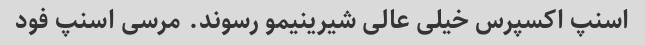
اسنپ اکسپرس خیلی عالی شیرینیمو رسوند. مرسی اسنپ فود